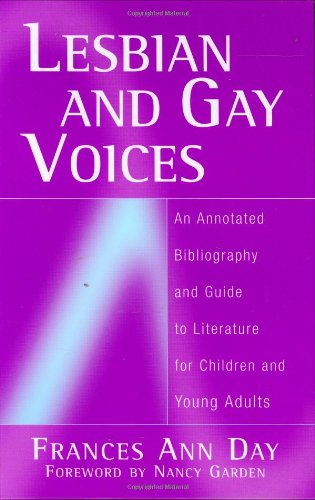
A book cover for Lesbian and Gay Voices: An Annotated Bibliography and Guide to Literature for Children and Young Adults; Frances A. Day; Teen & Young Adult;